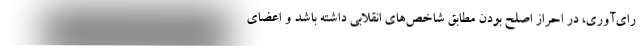
رای‌آوری، در احراز اصلح بودن مطابق شاخص‌های انقلابی داشته باشد و اعضای